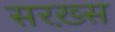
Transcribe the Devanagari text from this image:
सरख़्स